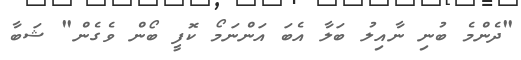
"ދެންމެ ބުނި ނާއިލު ބަލާ އެބަ އަންނަމޯ ކޮފީ ބޯން ވެގެން" ޝަބާ